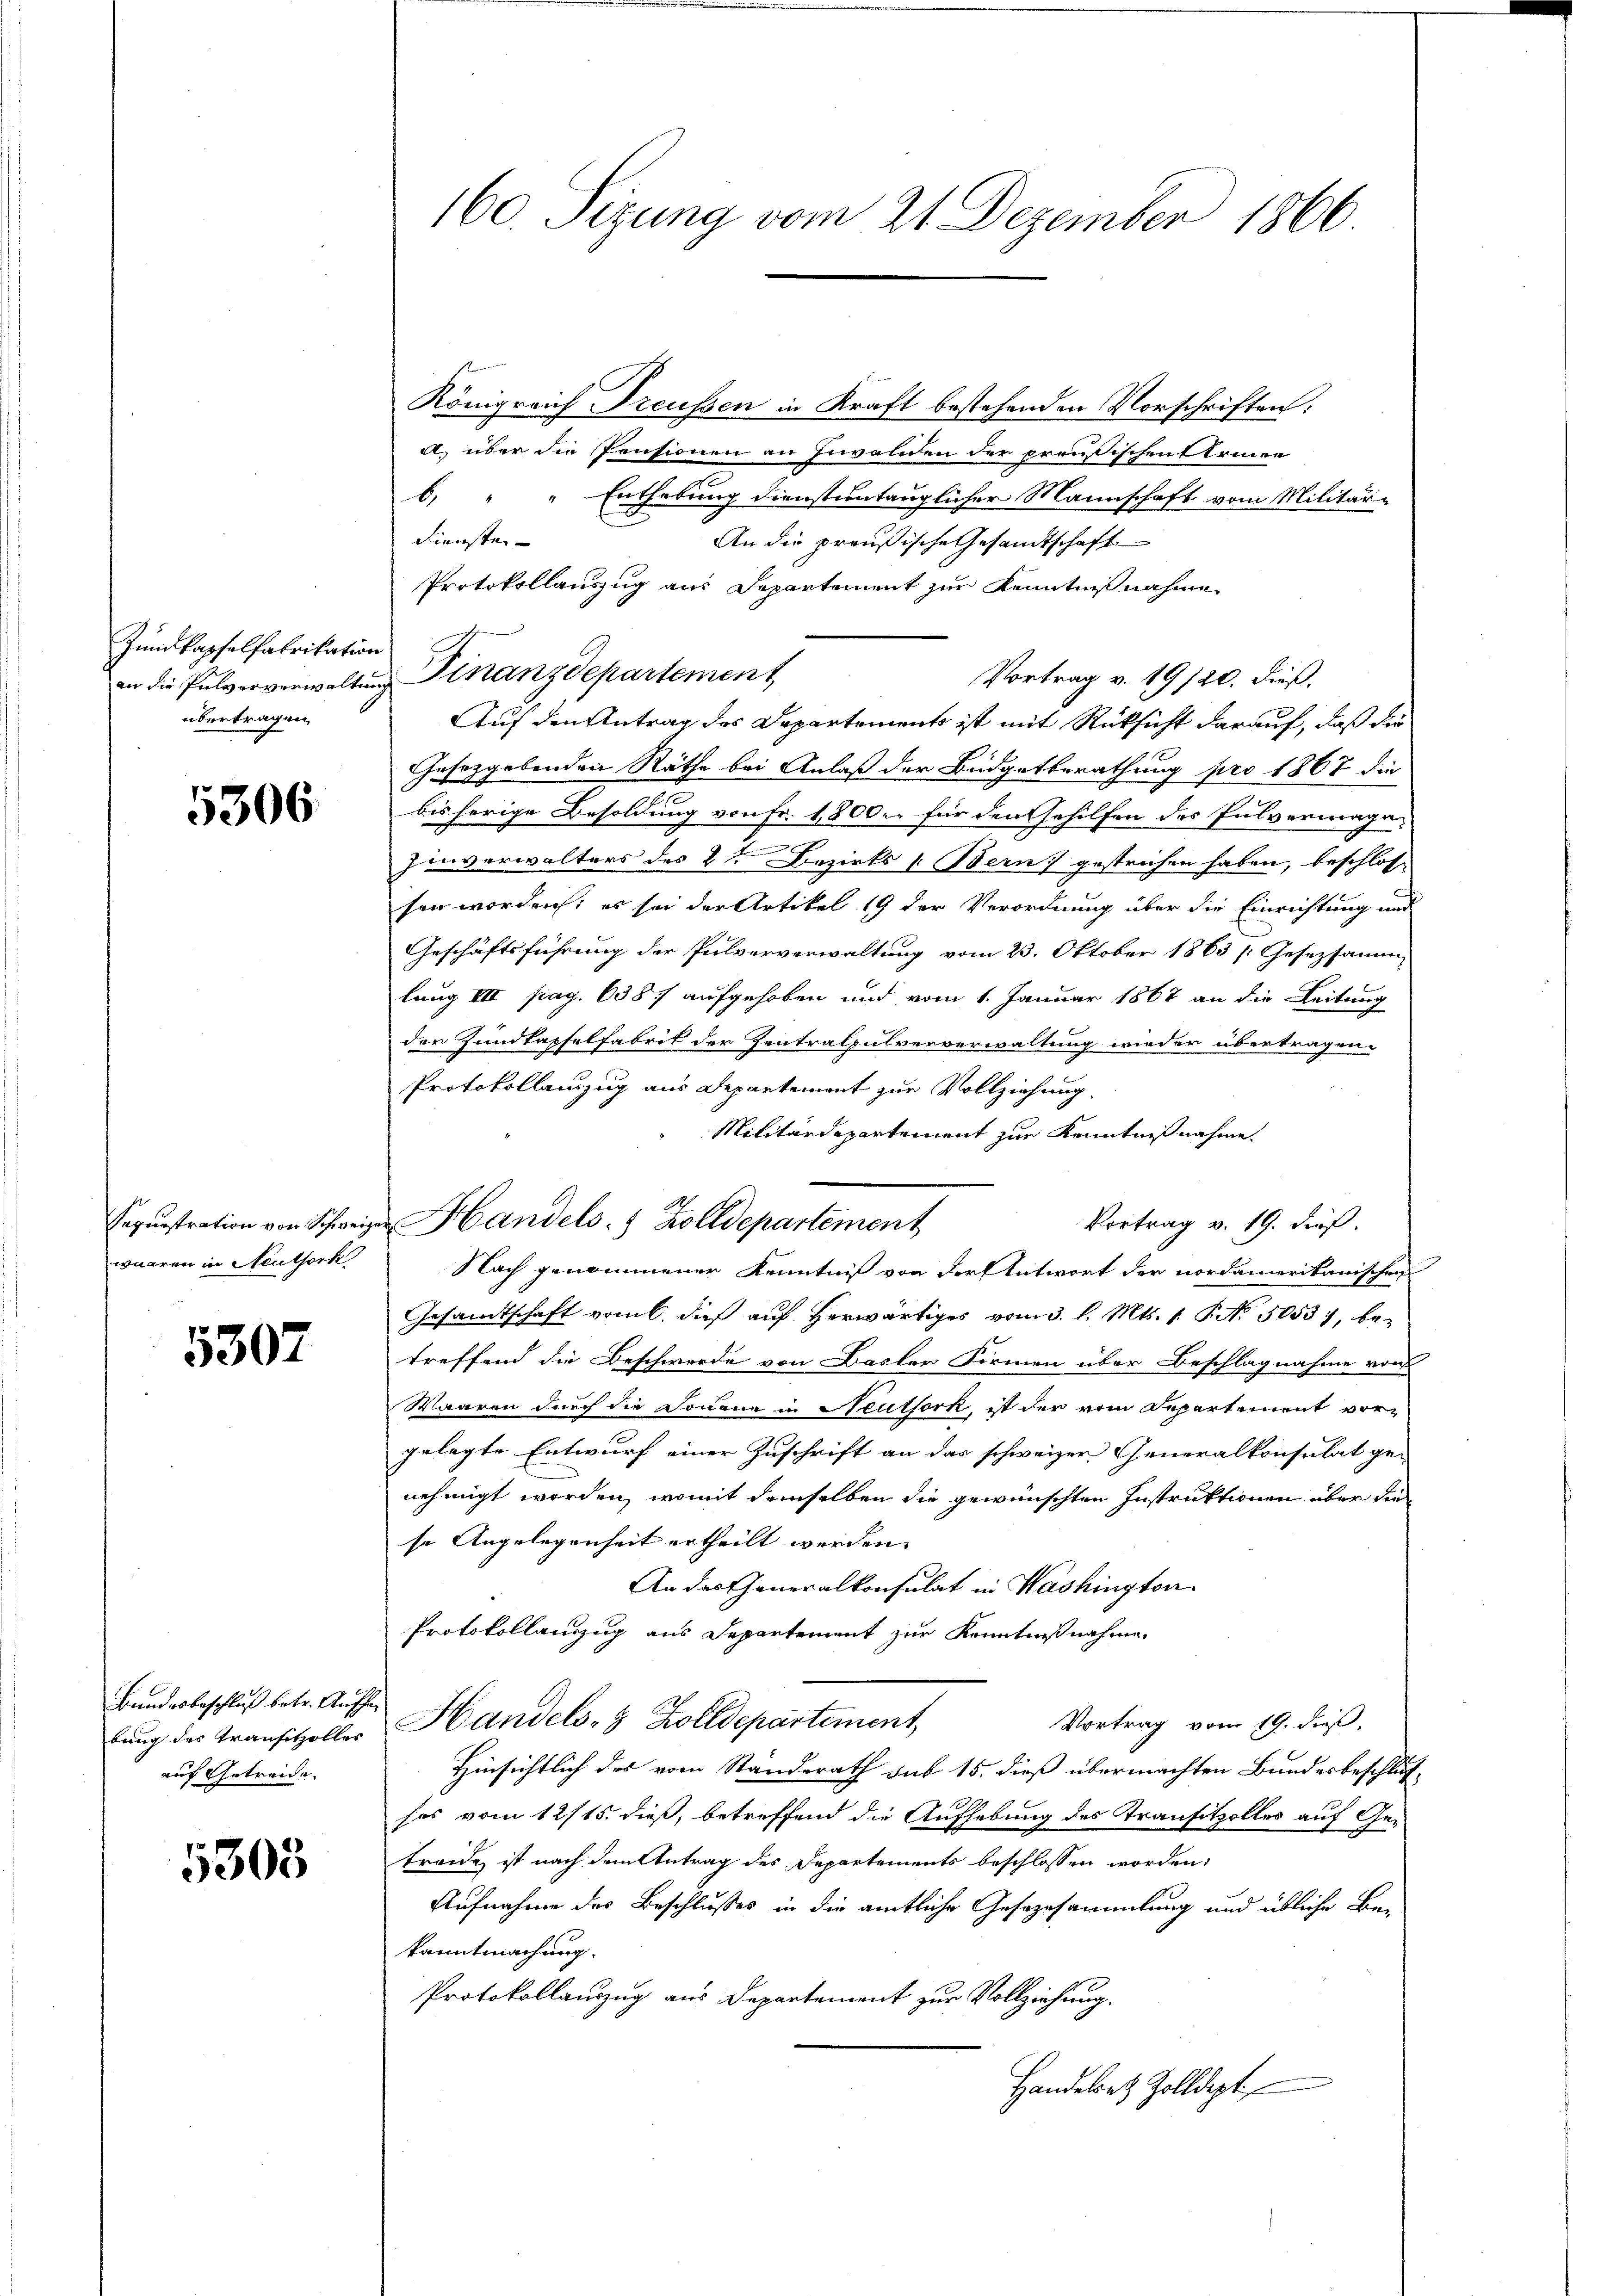
Zundkapfelfabrikation
an die Pulververwaltung
übertragen,

5306

Sequestration von Schweiz
waaren in Neuthork

5307

Bundesbeschluß betr. Ansche
bung des Transitzolles
auf Getreide.

5303

160. Sizung vom 21. Dezember 1866

Königreich Dreussen in Kraft bestehenden Vorschriften:
a. über die Pensionen an Zuwenden der preußischen Erinnen
b) " " Enthebung dienstuntauglicher Mannschaft vom Militär-
Diensten
An die preußische Gesandtschaft
Protokollauszug aus Departement zur Kenntnißnahme
Finanzdepartement
Vortrag v. 19/20. dieß¬
Auf den Antrag des Departements ist mit Rücksicht darauf, daß die
Gesetzgebenden Räthe bei Anlaß der Büdgetberathung pro 1867 die
bis herige Besoldung von Fr. 1,800 er für den Gehilfen des Pulvermagen
Einverwalters des 2ten Bezirks [Bern) gestrichen haben, beschlosse
sen worden; es sei der Artikel 19 der Verordnung über die Einrichtung und
Geschäftsführung der Pulververwaltung vom 23. Oktober 1863 [Gesetzsamm
lung III pag. 6387 aufgehoben und vom 1. Januar 1867 an die Leitung
der Zundkapselfabrit der Zentralpulververwaltung wieder übertragen.
Protokollanzug aus Departement zur Vollziehung.
Militärdepartement zur Kenntnißnahme.
Handels- & Zolldepartement
Vortrag v. 19. dieß.
Nach genommener Kenntniß von der Antwort der nordamerikanischen
Gesamtschaft vom 6. dieß auf herwärtiges vom 3. l. Mts. 1. P. Nr. 5053), betreffend die Beschwerde von Basler Firmen über Beschlagnahme von
Waaren durch die Douana in Neutserk, ist der vom Departement vor-
gelegte Entwurf einer Zuschrift an das schweizer Generalkonsulat ge-
nehmigt worden, womit demselben die gewünschten Instruktionen über die
se Angelegenheit ertheilt werden.
An das Generalkonsulat in Washington
Protokollanzug aus Departement zur Kenntnißnahme
Handels- & Zolldepartement,
Vortrag vom 19. dieß,
Hinsichtlich des vom Standerath sub 15. dieß übermachten Bundesbeschlusses vom 12/15. dieß, betreffend die Aufhebung des Transitzolles auf Ge-
treide ist nach dem Antrag des Departements beschlossen worden:
Aufnahme des Beschlusses in die amtliche Gesezesammlung und übliche Be-
kanntmachung.
Protokollanzug aus Departement zur Vollziehung.
Handelsatz Zolldept

n